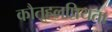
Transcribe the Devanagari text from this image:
कौतूहलप्रियता